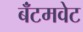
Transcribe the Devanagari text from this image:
बॅंटमवेट